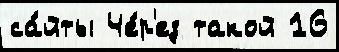
са́йты Че́р'ез такой 16